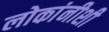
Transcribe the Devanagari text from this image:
लोकांनीशी